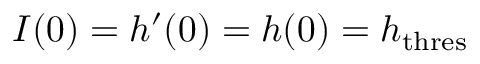
I ( 0 ) = h ^ { \prime } ( 0 ) = h ( 0 ) = h _ { \mathrm { t h r e s } }